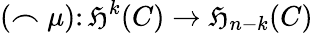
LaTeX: (\frown\mu)\colon\mathfrak{H}^{k}(C)\to\mathfrak{H}_{n-k}(C)